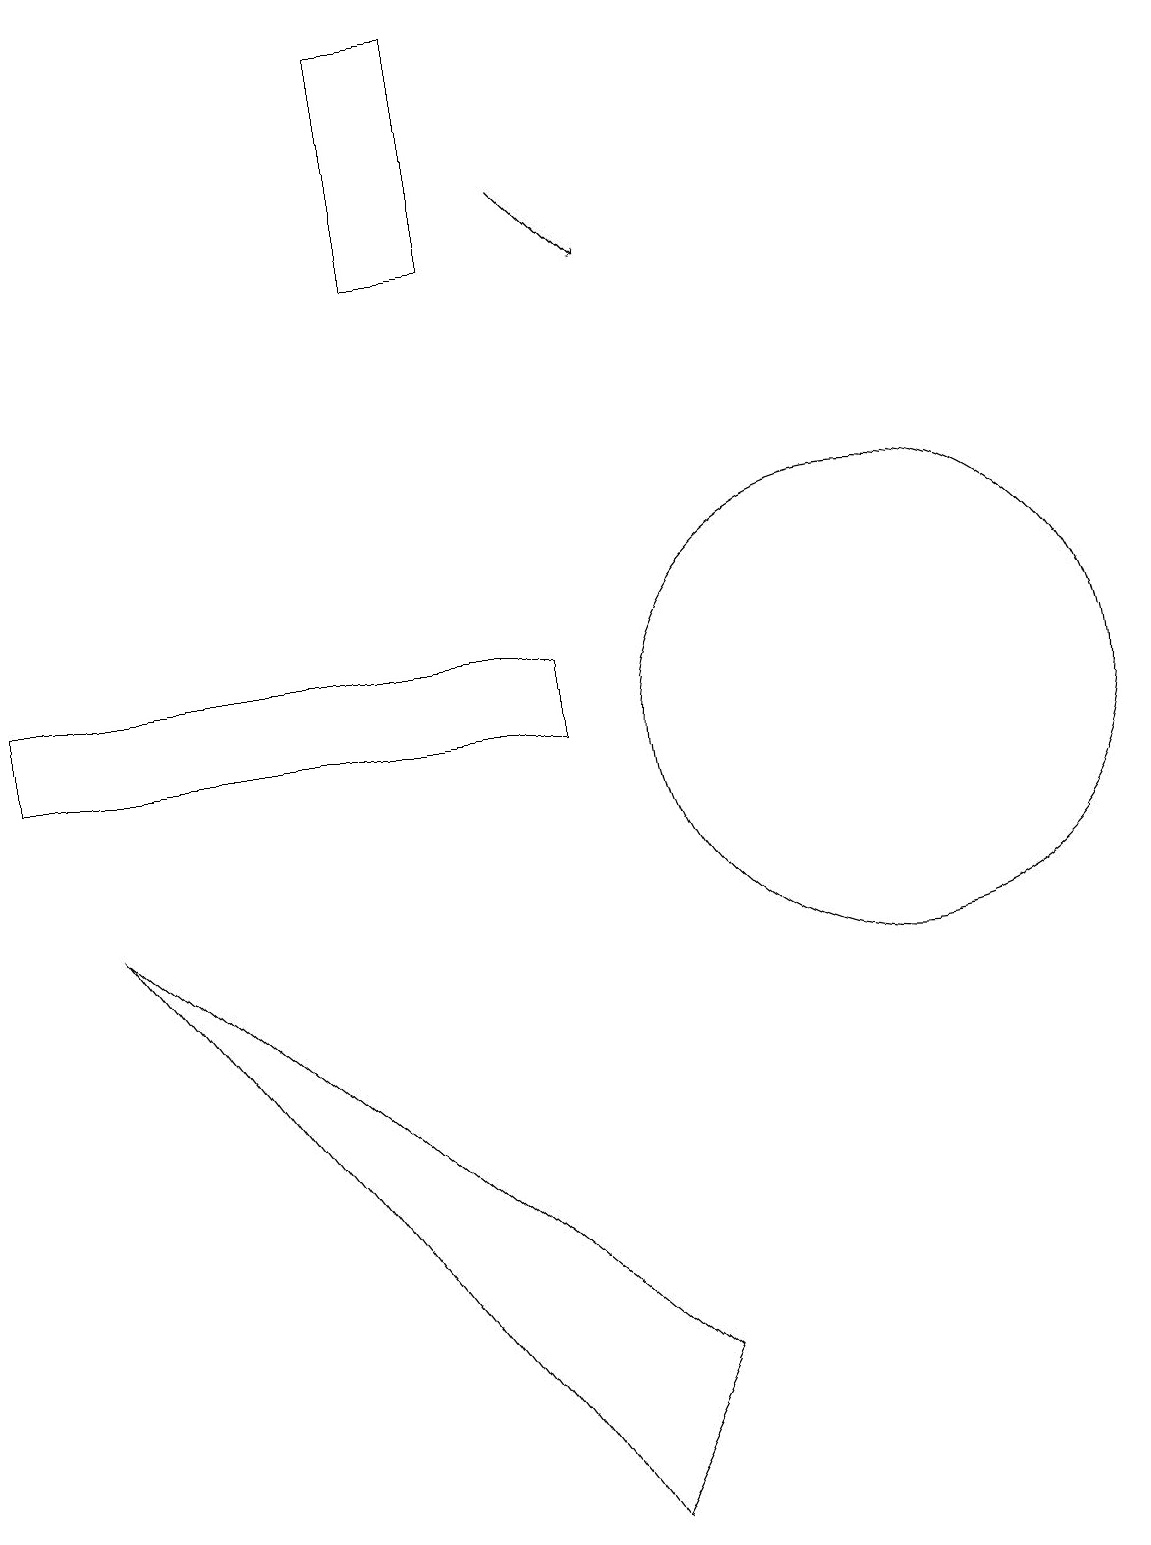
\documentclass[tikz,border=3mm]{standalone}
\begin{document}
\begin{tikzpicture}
\draw (6,19) rectangle (7,16);
\draw[->] (8,17) -- (9,16);
\draw (12,10) circle (3);
\draw (2,8) -- (8,0) -- (9,2) -- cycle;
\draw (1,10) rectangle (8,11);
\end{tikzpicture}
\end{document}